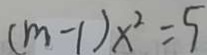
( m - 1 ) x ^ { 2 } = 5